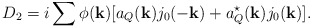
\begin{align*}D_2 = i\sum{}\phi({\bf k})[a_Q({\bf k})j_0(-{\bf k}) +a_Q^\star({\bf k})j_0({\bf k})].\end{align*}